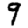
Digit: 9